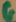
Text: G